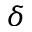
\boldsymbol { \delta }